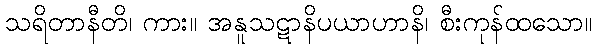
သရိတာနီတိ၊ ကား။ အနူသဋာနိပယာဟာနိ၊ စီးကုန်ထသော။